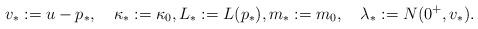
LaTeX: \begin{align*}v_\ast := u - p_\ast, \quad\kappa_\ast := \kappa_0, L_\ast := L(p_\ast), m_\ast := m_0, \quad\lambda_\ast := N(0^+,v_\ast).\end{align*}